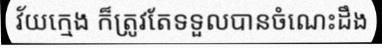
វ័យក្មេង ក៏ត្រូវតែទទួលបានចំណេះដឹង